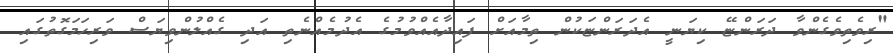
"ރިވެތިވެގެންވާ ދަރަންޏޭ ކިޔަނީ އެދަރަންޏަކުން ތިމާއަށް ފައިދާއެއްވުމުގެ އެދުމެއްނެތި އަދި ގެއްލުންވިޔަސް ވަރިހަމަގޮތުގައި